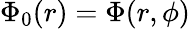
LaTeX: \Phi_{0}(r)=\Phi(r,\phi)